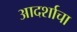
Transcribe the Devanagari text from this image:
आदर्शाचा